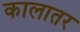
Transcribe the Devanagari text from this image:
कालातर